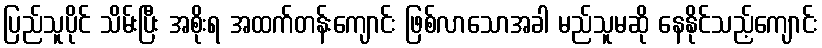
ပြည်သူပိုင် သိမ်းပြီး အစိုးရ အထက်တန်းကျောင်း ဖြစ်လာသောအခါ မည်သူမဆို နေနိုင်သည့်ကျောင်း